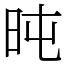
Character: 旽